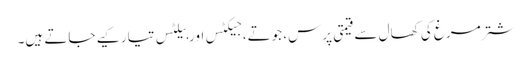
شتر مرغ کی کھال سے قیمتی پرس، جوتے، جیکٹس اور بیلٹس تیار کیے جاتے ہیں۔